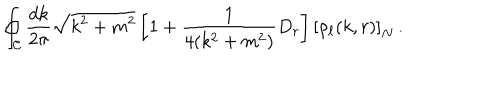
LaTeX: \oint _ { \cal C } \frac { d k } { 2 \pi } \sqrt { k ^ { 2 } + m ^ { 2 } } \left[ 1 + \frac { 1 } { 4 ( k ^ { 2 } + m ^ { 2 } ) } D _ { r } \right] \left[ \rho _ { \ell } ( k , r ) \right] _ { N } \, .